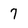
Character: 7